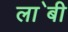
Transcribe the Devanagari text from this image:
ला॓बी